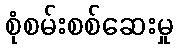
စုံစမ်းစစ်ဆေးမှု